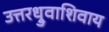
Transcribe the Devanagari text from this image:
उत्तरध्रुवाशिवाय